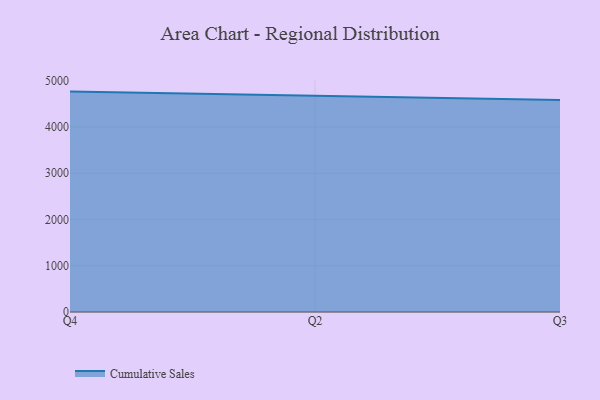
{"axis": {"x": "Quarter", "y": "Budget (USD K)"}, "legend": ["Cumulative Sales"], "data": [{"x": "Q4", "y": 4765.1, "type": "Cumulative Sales"}, {"x": "Q2", "y": 4679.8, "type": "Cumulative Sales"}, {"x": "Q3", "y": 4585.3, "type": "Cumulative Sales"}]}